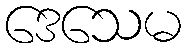
ဒေသေမ